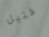
فتيل